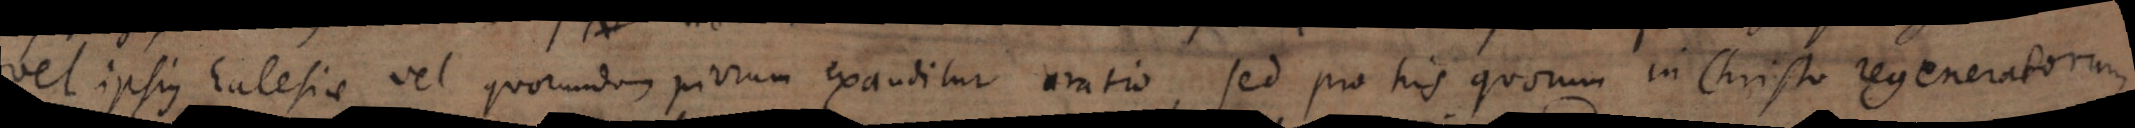
vel ipsius Ecclesiae vel quorundam piorum exauditur oratio, sed pro his quorum in Christo regeneratorum,